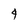
Character: 4